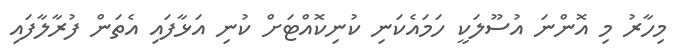
މިހާރު މި އޮންނަ އުސޫލަކީ ހަމައެކަނި ކުނިކޮއްޓަށް ކުނި އަޅާފައި އެތަން ފުރާލާފައި